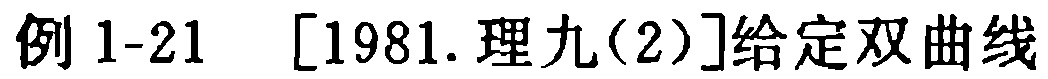
例 1-21 [1981.理九(2)]给定双曲线